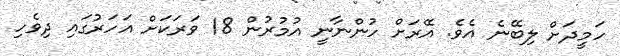
ހަމީދަށް ލިބޭނެ އެވެ. އޭރަށް ހުންނާނީ އުމުރުން 18 ވަރަކަށް އަހަރުގައި ދިވެހި